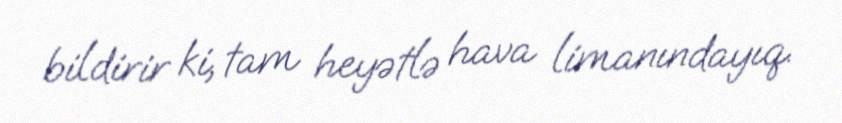
bildirir ki, tam heyətlə hava limanındayıq.